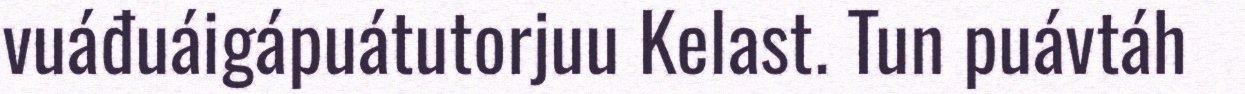
vuáđuáigápuátutorjuu Kelast. Tun puávtáh